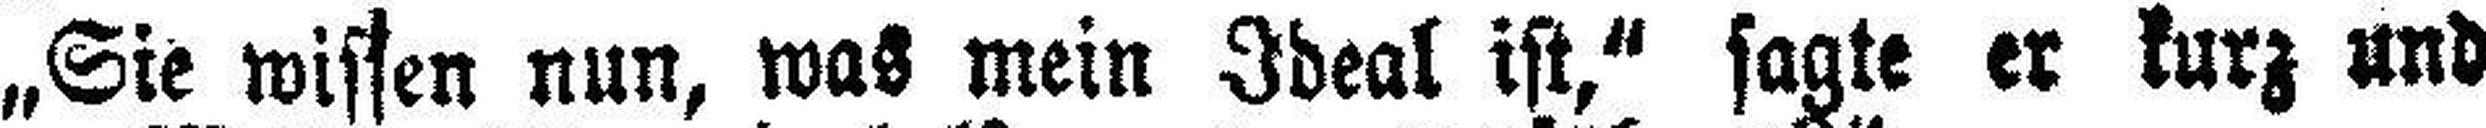
„Sie wissen nun, was mein Ideal ist,“ sagte er kurz und